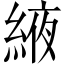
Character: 𦁹